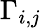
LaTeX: \Gamma_{i,j}